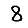
Digit: 8